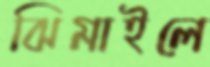
ঝিমাইলে